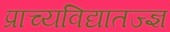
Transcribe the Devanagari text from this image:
प्राच्यविद्यातज्‍ज्ञ